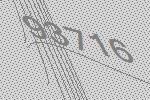
93716